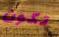
تكون